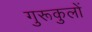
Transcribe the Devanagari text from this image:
गुरूकुलों